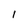
Character: I